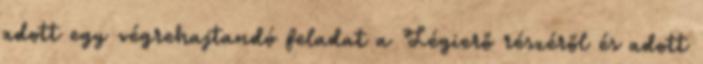
adott egy végrehajtandó feladat a Légierő részéről és adott